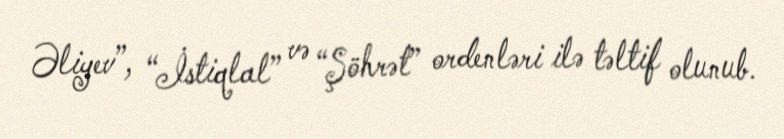
Əliyev”, “İstiqlal” və “Şöhrət” ordenləri ilə təltif olunub.